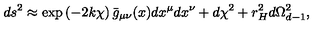
d s ^ { 2 } \approx \exp \left( - 2 k \chi \right) \bar { g } _ { \mu \nu } ( x ) d x ^ { \mu } d x ^ { \nu } + d \chi ^ { 2 } + r _ { H } ^ { 2 } d \Omega _ { d - 1 } ^ { 2 } ,